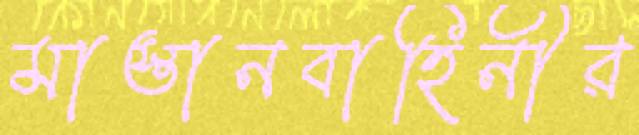
মাস্তানবাহিনীর